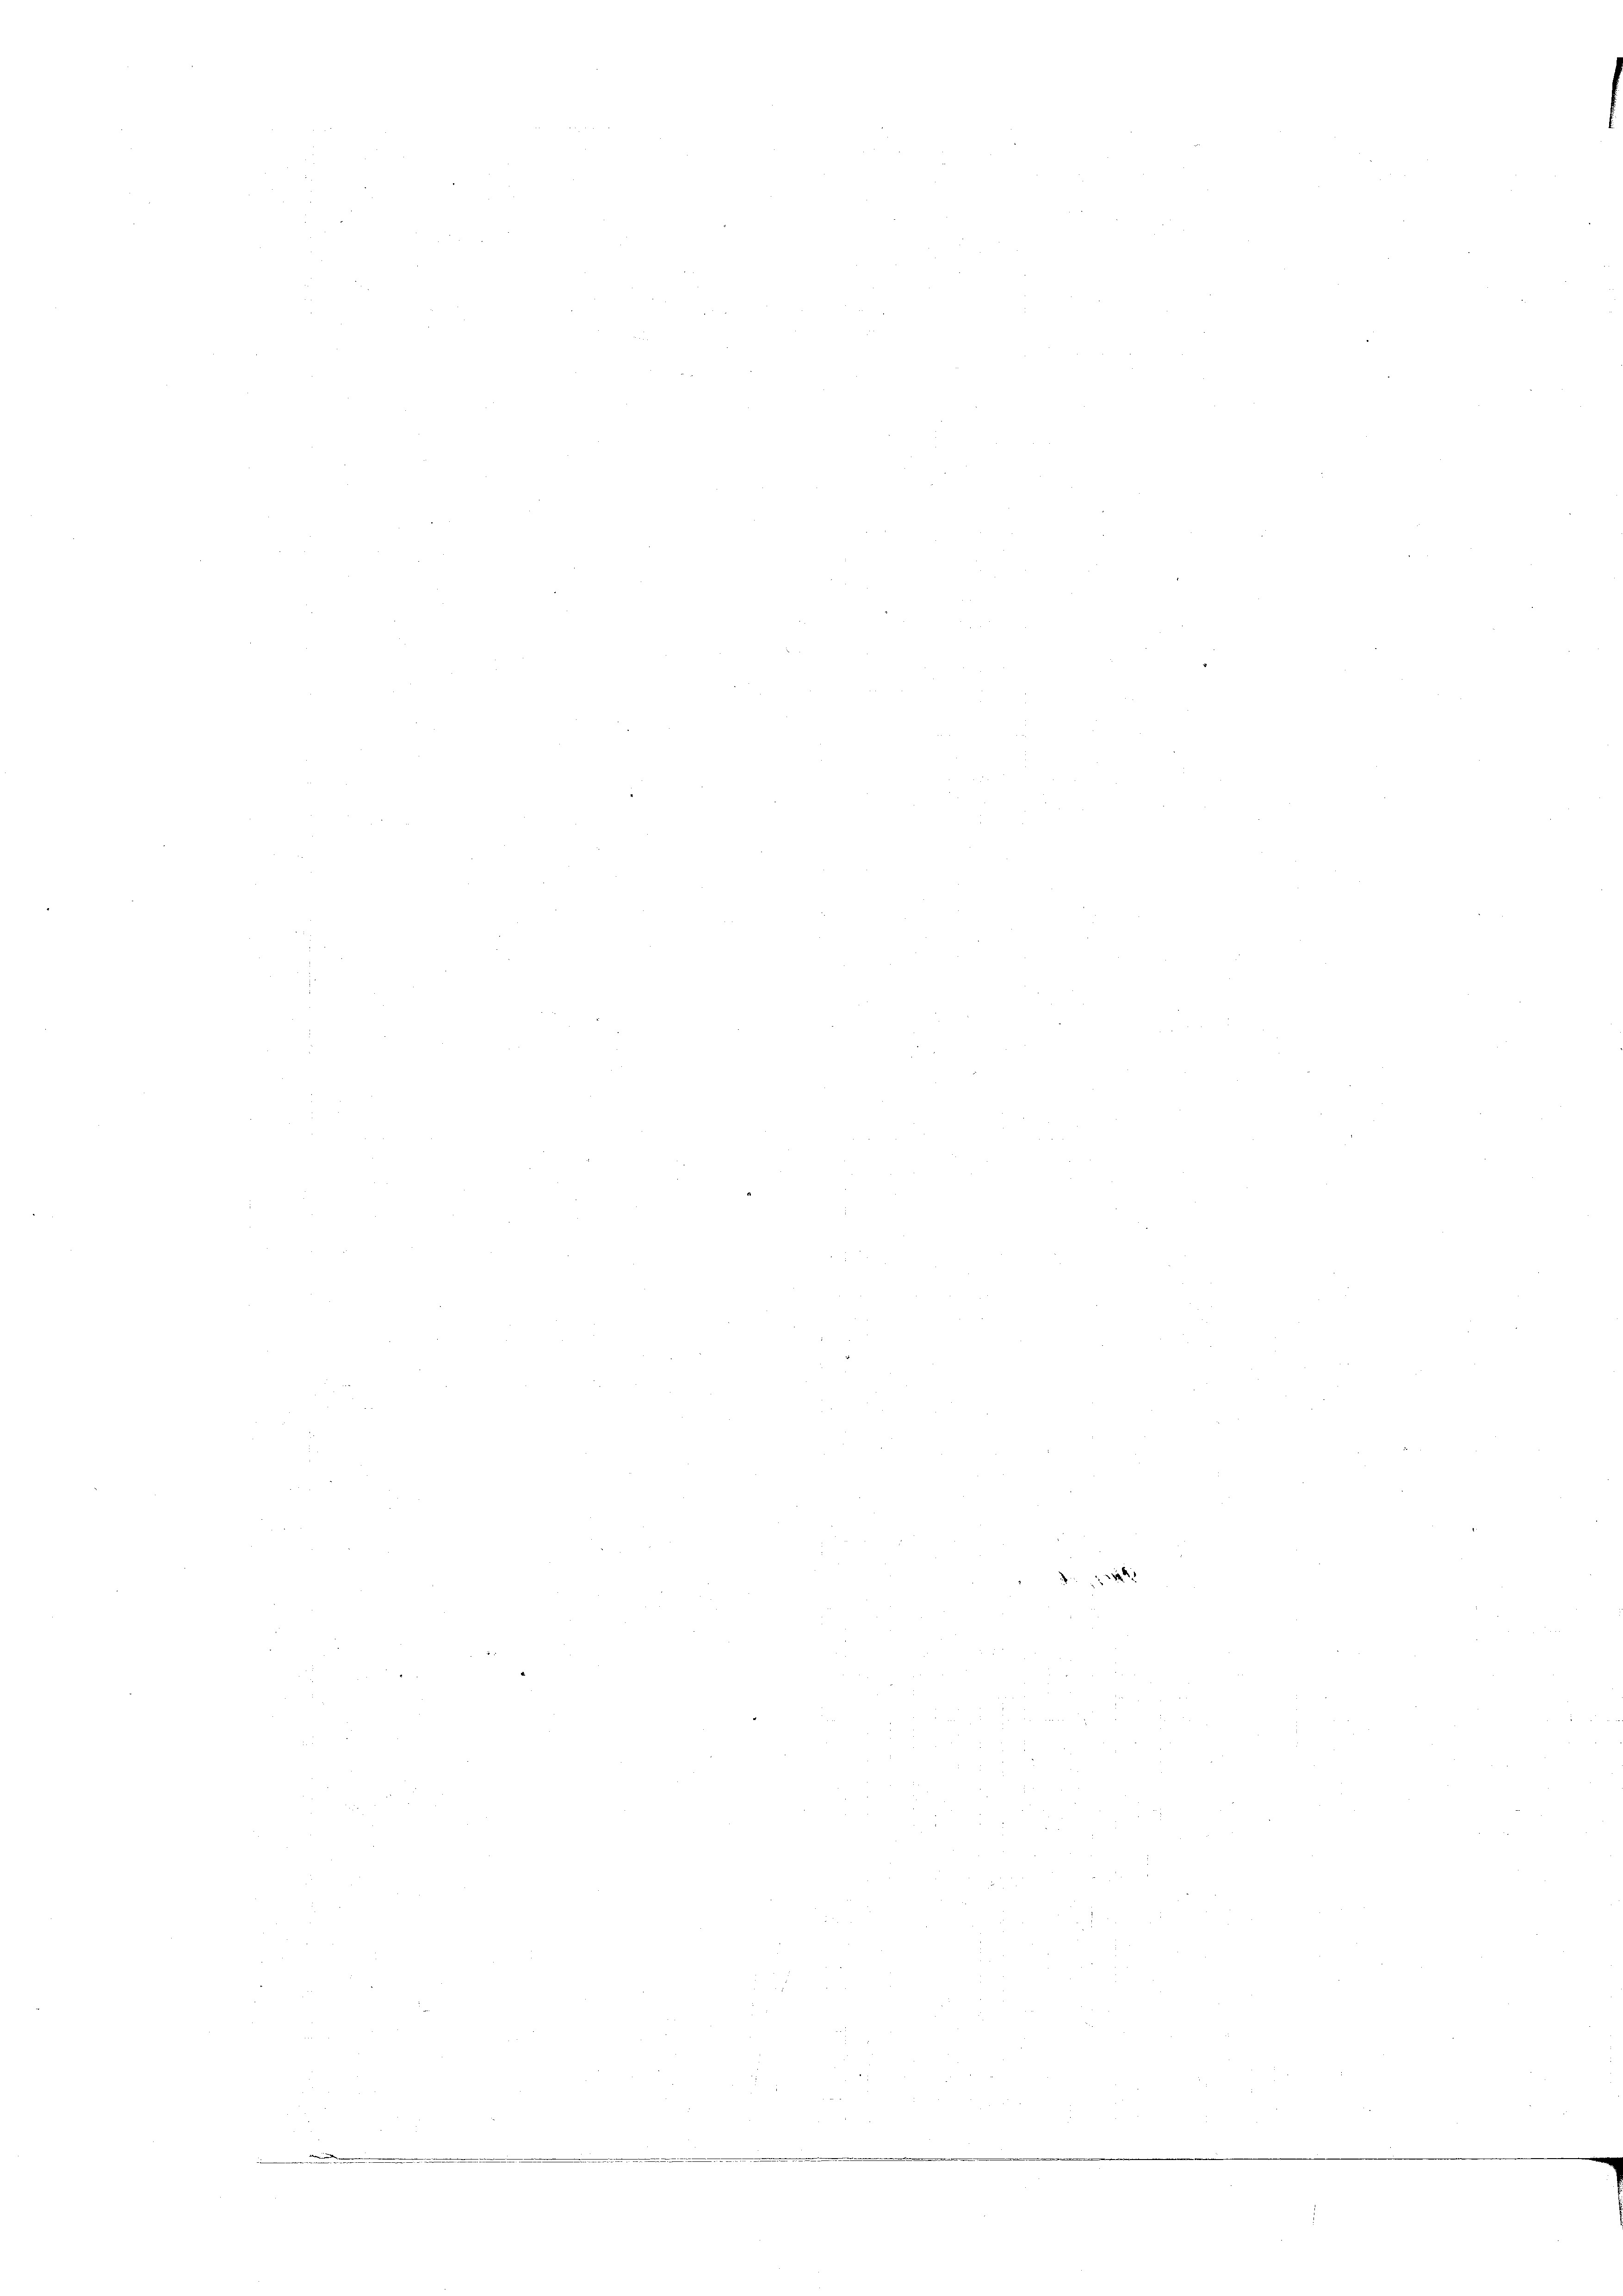
126